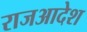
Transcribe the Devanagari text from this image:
राजआदेश